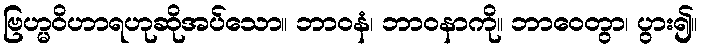
ဗြဟ္မဝိဟာရဟုဆိုအပ်သော။ ဘာဝနံ၊ ဘာဝနာကို။ ဘာဝေတွာ၊ ပွား၍။